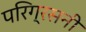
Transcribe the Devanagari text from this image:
परिग्रसनी